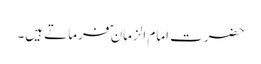
حضرت امام الزمان ؑ فرماتے ہیں۔